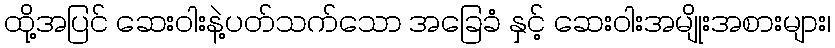
ထို့အပြင် ဆေးဝါးနဲ့ပတ်သက်သော အခြေခံ နှင့် ဆေးဝါးအမျိုးအစားများ၊